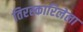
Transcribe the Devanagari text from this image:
तिरस्कारिलेला